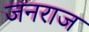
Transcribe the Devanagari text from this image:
जनराज